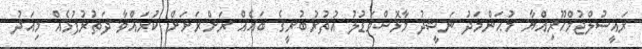
ރައީސުލްޖުމްހޫރިއްޔާ މުޙަންމަދު ނަޝީދު މާޅޮސްމަޑުލު އުތުރުބުރީގެ ބައެއް ރަށްރަށަށް ކުރައްވާ ދަތުރުފުޅެއް މިއަދު